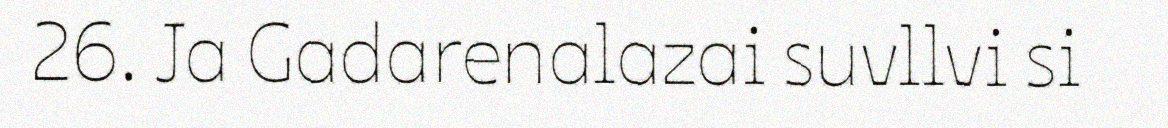
26. Ja Gadarenalazai suvllvi si